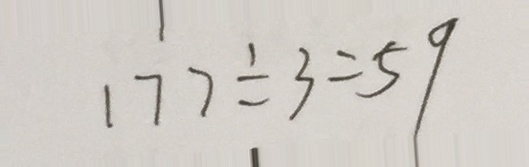
1 7 7 \div 3 = 5 9